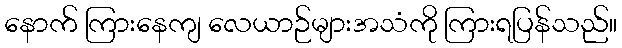
နောက် ကြားနေကျ လေယာဉ်များအသံကို ကြားရပြန်သည်။